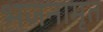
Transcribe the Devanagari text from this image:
भजनामृत